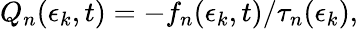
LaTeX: Q_{n}(\epsilon_{k},t)=-f_{n}(\epsilon_{k},t)/\tau_{n}(\epsilon_{k}),